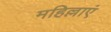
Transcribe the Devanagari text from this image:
महिल्लाएं